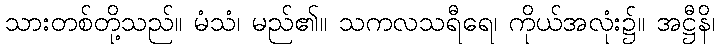
သားတစ်တို့သည်။ မံသံ၊ မည်၏။ သကလသရီရေ၊ ကိုယ်အလုံး၌။ အဋ္ဌီနိ၊